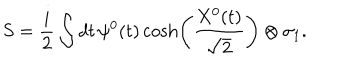
S = \frac { i } { 2 } \int d t \, \psi ^ { 0 } ( t ) \cosh \left( \frac { X ^ { 0 } ( t ) } { \sqrt { 2 } } \right) \otimes \sigma _ { 1 } .